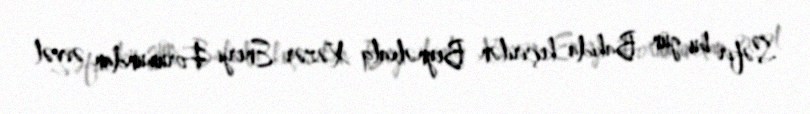
Səfir bu gün Bakıda keçirilən Beynəlxalq Xəzər Enerji Forumundan əvvəl